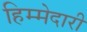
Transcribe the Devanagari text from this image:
हिम्मेदारी